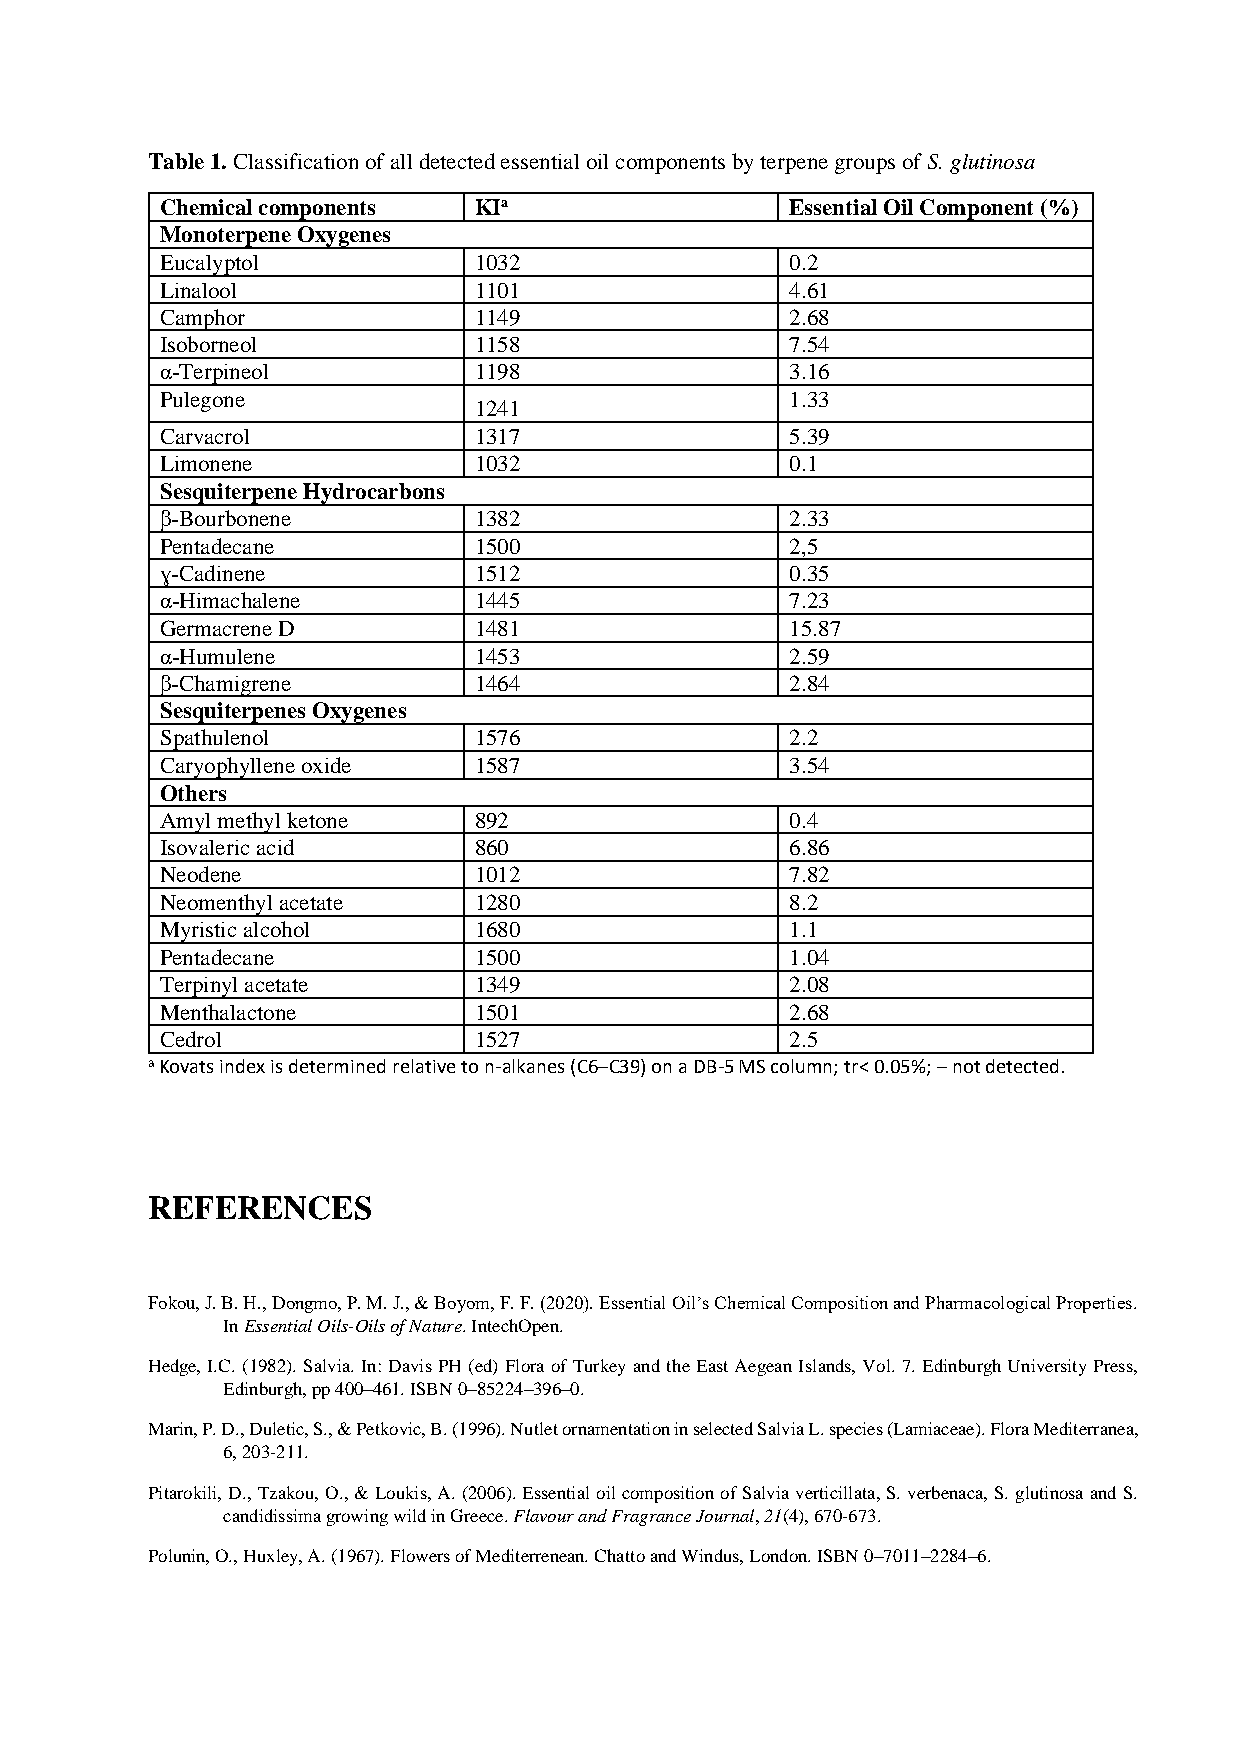
Table 1. Classification of all detected essential oil components by terpene groups of S. glutinosa
 Chemical components KIa                  Essential Oil Component (%)
 Monoterpene Oxygenes
 Eucalyptol          1032                 0.2
 Linalool            1101                 4.61
 Camphor             1149                 2.68
 Isoborneol          1158                 7.54
 α-Terpineol         1198                 3.16
 Pulegone                                 1.33
 1241
 Carvacrol           1317                 5.39
 Limonene            1032                 0.1
 Sesquiterpene Hydrocarbons
 β-Bourbonene        1382                 2.33
 Pentadecane         1500                 2,5
 ɣ-Cadinene          1512                 0.35
 α-Himachalene       1445                 7.23
 Germacrene D        1481                 15.87
 α-Humulene          1453                 2.59
 β-Chamigrene        1464                 2.84
 Sesquiterpenes Oxygenes
 Spathulenol         1576                 2.2
 Caryophyllene oxide 1587                 3.54
 Others
 Amyl methyl ketone  892                  0.4
 Isovaleric acid     860                  6.86
 Neodene             1012                 7.82
 Neomenthyl acetate  1280                 8.2
 Myristic alcohol    1680                 1.1
 Pentadecane         1500                 1.04
 Terpinyl acetate    1349                 2.08
 Menthalactone       1501                 2.68
 Cedrol              1527                 2.5
 a Kovats index is determined relative to n-alkanes (C6–C39) on a DB-5 MS column; tr< 0.05%; – not detected.
 REFERENCES
 Fokou, J. B. H., Dongmo, P. M. J., & Boyom, F. F. (2020). Essential Oil’s Chemical Composition and Pharmacological Properties.
 In Essential Oils-Oils of Nature. IntechOpen.
 Hedge, I.C. (1982). Salvia. In: Davis PH (ed) Flora of Turkey and the East Aegean Islands, Vol. 7. Edinburgh University Press,
 Edinburgh, pp 400–461. ISBN 0–85224–396–0.
 Marin, P. D., Duletic, S., & Petkovic, B. (1996). Nutlet ornamentation in selected Salvia L. species (Lamiaceae). Flora Mediterranea,
 6, 203-211.
 Pitarokili, D., Tzakou, O., & Loukis, A. (2006). Essential oil composition of Salvia verticillata, S. verbenaca, S. glutinosa and S.
 candidissima growing wild in Greece. Flavour and Fragrance Journal, 21(4), 670-673.
 Polunin, O., Huxley, A. (1967). Flowers of Mediterrenean. Chatto and Windus, London. ISBN 0–7011–2284–6.